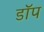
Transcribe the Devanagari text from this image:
डॉप